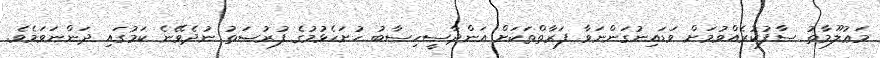
މަޢުލޫމާތު ސާފުކުރެއްވުމަށް ވަޑައިނުގަންނަވާ ފަރާތްތަކަށް އަންދާސީހިސާބު ހުށަހެޅުމުގެ ފުރުޞަތު ނުދެވޭނެ ކަމުގައި ދަންނަވަމެވެ.